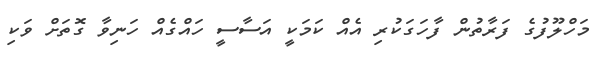
މަހްލޫފުގެ ފަރާތުން ފާހަގަކުރި އެއް ކަމަކީ އަސާސީ ހައްގެއް ހަނިވާ ގޮތަށް ވަކި